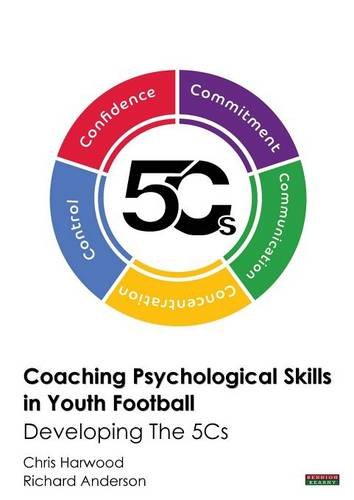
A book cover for Coaching Psychological Skills in Youth Football: Developing The 5Cs; Chris Harwood; Sports & Outdoors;